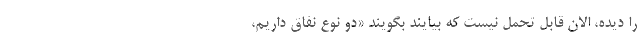
را دیده، الان قابل تحمل نیست که بیایند بگویند «دو نوع نفاق داریم،